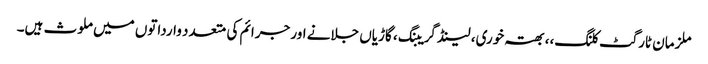
ملزمان ٹارگٹ کلنگ،، بھتہ خوری، لینڈ گریبنگ، گاڑیاں جلانے اور جرائم کی متعدد وارداتوں میں ملوث ہیں۔